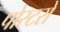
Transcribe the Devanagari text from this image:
पोस्टरो